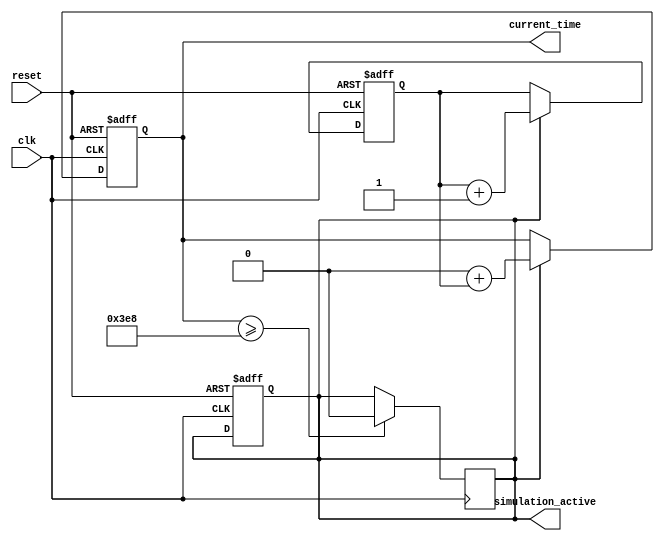
module SimulationTimeInit #(
    parameter START_TIME = 0,           // Define default start time
    parameter TIME_RESOLUTION = 1        // Resolution in microseconds (for example)
)(
    input wire clk,                      // Clock input for timing progression
    input wire reset,                    // Asynchronous reset
    output reg [31:0] current_time,      // Output current time
    output reg simulation_active          // Output flag for simulation active state
);

    // Internal states
    reg [31:0] time_counter;              // Internal time counter

    // Initialization process
    initial begin
        current_time = START_TIME;       // Set current time to start time
        time_counter = 0;                 // Initialize time counter to zero
        simulation_active = 1'b1;         // Set simulation active flag to true
    end

    // Asynchronous reset
    always @(posedge clk or posedge reset) begin
        if (reset) begin
            current_time <= START_TIME;   // Reset current time to start time
            time_counter <= 0;             // Reset time counter
            simulation_active <= 1'b1;     // Reactivate simulation on reset
        end else if (simulation_active) begin
            time_counter <= time_counter + TIME_RESOLUTION; // Increment time counter
            current_time <= START_TIME + time_counter;     // Update current time
        end
    end

    // Example condition for terminating simulation (for demonstration)
    always @(posedge clk) begin
        if (current_time >= 1000) begin  // Arbitrary termination condition (1 second)
            simulation_active <= 1'b0;    // Deactivate simulation
        end
    end

endmodule